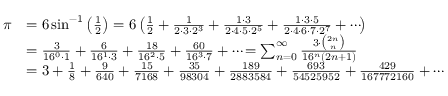
{ \begin{array} { r l } { \pi } & { = 6 \sin ^ { - 1 } \left( { \frac { 1 } { 2 } } \right) = 6 \left( { \frac { 1 } { 2 } } + { \frac { 1 } { 2 \cdot 3 \cdot 2 ^ { 3 } } } + { \frac { 1 \cdot 3 } { 2 \cdot 4 \cdot 5 \cdot 2 ^ { 5 } } } + { \frac { 1 \cdot 3 \cdot 5 } { 2 \cdot 4 \cdot 6 \cdot 7 \cdot 2 ^ { 7 } } } + \cdots \! \right) } \\ & { = { \frac { 3 } { 1 6 ^ { 0 } \cdot 1 } } + { \frac { 6 } { 1 6 ^ { 1 } \cdot 3 } } + { \frac { 1 8 } { 1 6 ^ { 2 } \cdot 5 } } + { \frac { 6 0 } { 1 6 ^ { 3 } \cdot 7 } } + \cdots \! = \sum _ { n = 0 } ^ { \infty } { \frac { 3 \cdot { \binom { 2 n } { n } } } { 1 6 ^ { n } ( 2 n + 1 ) } } } \\ & { = 3 + { \frac { 1 } { 8 } } + { \frac { 9 } { 6 4 0 } } + { \frac { 1 5 } { 7 1 6 8 } } + { \frac { 3 5 } { 9 8 3 0 4 } } + { \frac { 1 8 9 } { 2 8 8 3 5 8 4 } } + { \frac { 6 9 3 } { 5 4 5 2 5 9 5 2 } } + { \frac { 4 2 9 } { 1 6 7 7 7 2 1 6 0 } } + \cdots } \end{array} }